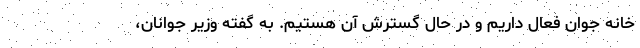
خانه جوان فعال داریم و در حال گسترش آن هستیم. به گفته وزیر جوانان،